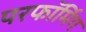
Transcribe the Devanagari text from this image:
परफॉर्मिग